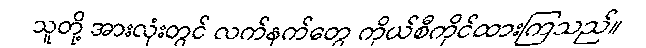
သူတို့ အားလုံးတွင် လက်နက်တွေ ကိုယ်စီကိုင်ထားကြသည်။